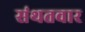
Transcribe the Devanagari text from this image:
संथतवार